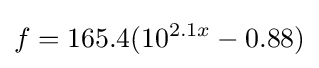
f=165.4(10^{2.1x}-0.88)